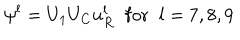
\psi ^ { l } = U _ { 1 } U _ { C } u _ { R } ^ { l } \; \; \mathrm { f o r } \; \; l = 7 , 8 , 9